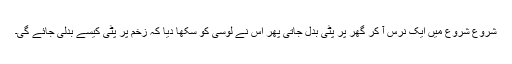
شروع شروع میں ایک نرس آ کر گھر پر پٹی بدل جاتی پھر اس نے لوسی کو سکھا دیا کہ زخم پر پٹی کیسے بدلی جائے گی۔